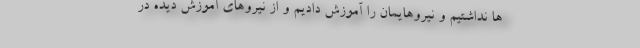
ها نداشتیم و نیروهایمان را آموزش دادیم و از نیروهای آموزش دیده در